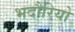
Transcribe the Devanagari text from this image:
भदौरियो